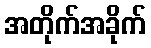
အတိုက်အခိုက်